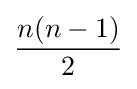
{\frac {n(n-1)}{2}}